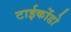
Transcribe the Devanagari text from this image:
टाईकोंडो